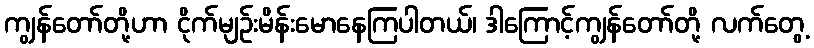
ကျွန်တော်တို့ဟာ ငိုက်မျဉ်းမိန်းမောနေကြပါတယ်၊ ဒါကြောင့်ကျွန်တော်တို့ လက်တွေ့